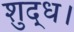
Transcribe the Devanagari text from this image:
शुद्ध।